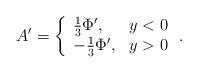
LaTeX: \begin{align*}A^\prime = \left\{ \begin{array}{ll}\frac{1}{3}\Phi^\prime , & y < 0 \\-\frac{1}{3}\Phi^\prime , & y >0 \end{array} \right. .\end{align*}